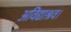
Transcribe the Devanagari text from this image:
अविद्याश्रव।